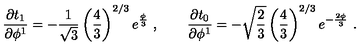
{ \frac { \partial t _ { 1 } } { \partial \phi ^ { 1 } } } = - { \frac { 1 } { \sqrt 3 } } \left( { \frac { 4 } { 3 } } \right) ^ { 2 / 3 } e ^ { { \frac { \phi } { 3 } } } \ , \qquad { \frac { \partial t _ { 0 } } { \partial \phi ^ { 1 } } } = - \sqrt { \frac { 2 } { 3 } } \left( { \frac { 4 } { 3 } } \right) ^ { 2 / 3 } e ^ { - { \frac { 2 \phi } { 3 } } } \ .